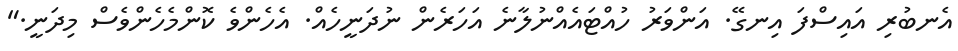
އެނބުރި އައިސްފަ އިނގޭ. އަންވަރު ހުއްޓައެއްނުލާނެ އަހަރެން ނުދަނީހެއް. އެހެންވެ ކޮންމެހެންވެސް މިދަނީ."